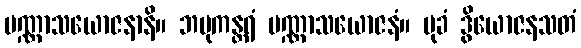
ပဏ္ဏာသယောဇနာနိ။ ဘမုကန္တရံ ပဏ္ဏာသယောဇနံ။ မုခံ ဒွိယောဇနသတံ